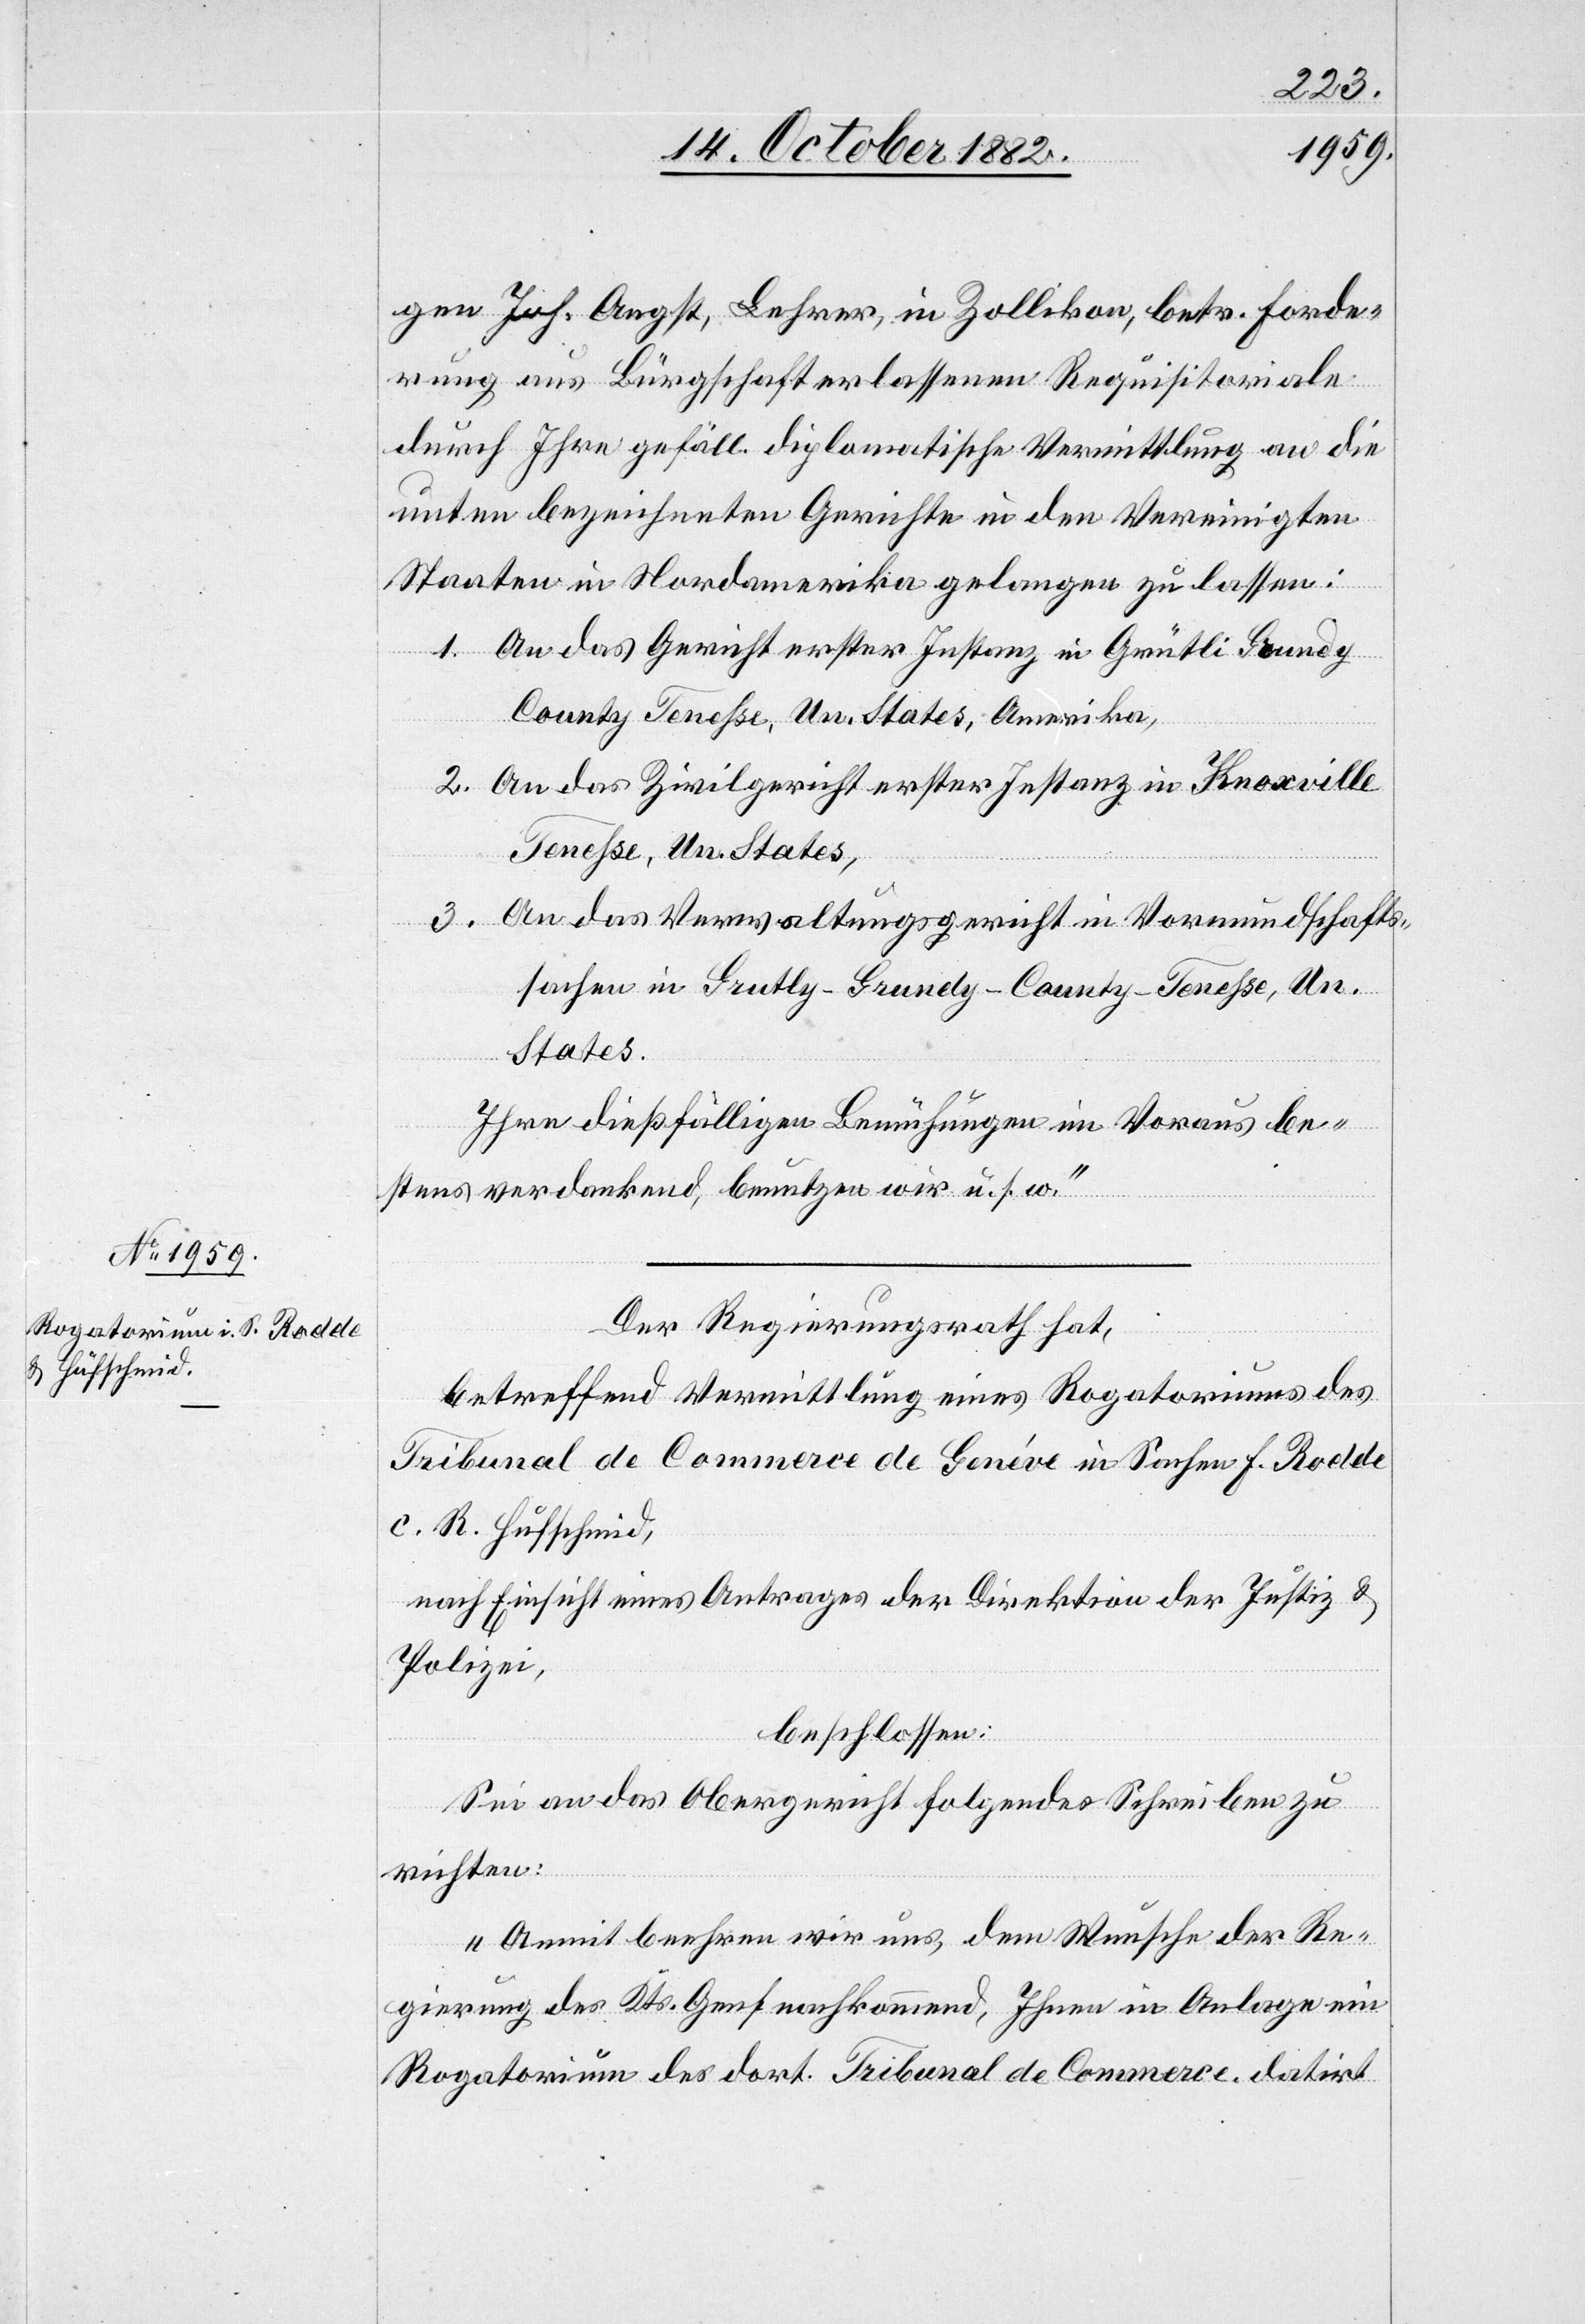
17. October 1882.]
gen Joh. Angst, Lehrer, in Zollikon, betr. Forde¬
rung aus Bürgschaft erlassenen Requisitoriale
durch Ihre gefäll. diplomatische Vermittlung an die
unten bezeichneten Gerichte in den Vereinigten
Staaten in Nordamerika gelangen zu lassen:
1. An das Gericht erster Instanz in Grütli Goundy
County Tenesse, Un. States, Amerika,
2. An das Zivilgericht erster Instanz in Knoxville
Tenesse, Un. States,
3. An das Verwaltungsgericht in Vormundschafts¬
sachen in Grutly-Grunely-County - Tenesse, Un.
States.
Ihre dießfälligen Bemühungen im Voraus be¬
stens verdankend, benutzen wir u. s. w.“
Der Regierungsrath hat,
betreffend Vermittlung eines Rogatoriums des
Tribunal de Commerce de Genève in Sachen F. Rodde
c. R. Hufschmid,
nach Einsicht eines Antrages der Direktion der Justiz &
Polizei,
beschlossen:
Sei an das Obergericht folgendes Schreiben zu
richten:
„Anmit beehren wir uns, dem Wunsche der Re¬
gierung des Kts. Genf nachkommend, Ihnen in Anlage ein
Rogatorium des dort. Tribunal de Commerce, datirt